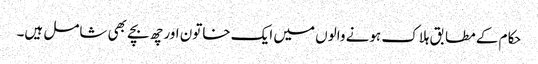
حکام کے مطابق ہلاک ہونے والوں میں ایک خاتون اور چھ بچے بھی شامل ہیں۔